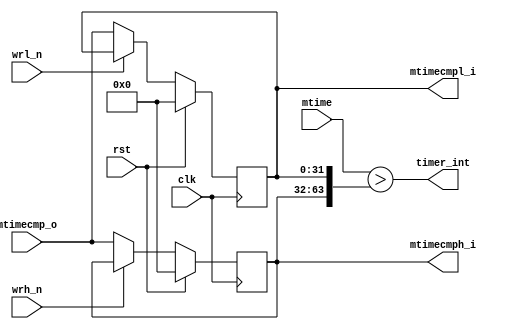
module mtimecmp(

input clk,
input rst,
input wrh_n,
input wrl_n,

input [63:0]mtime,

input [31:0]mtimecmp_o,

output reg[31:0] mtimecmph_i,
output reg[31:0] mtimecmpl_i,

output wire timer_int

);

always@(posedge clk)begin

    mtimecmph_i <= rst ? 32'b0 : !wrh_n ? mtimecmp_o : mtimecmph_i ; 
    mtimecmpl_i <= rst ? 32'b0 : !wrl_n ? mtimecmp_o : mtimecmpl_i ;
    
end

assign timer_int = mtime > {mtimecmph_i,mtimecmpl_i} ;

endmodule